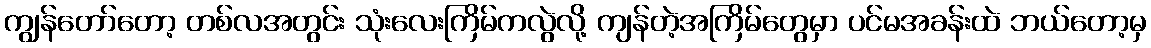
ကျွန်တော်တော့ တစ်လအတွင်း သုံးလေးကြိမ်ကလွဲလို့ ကျန်တဲ့အကြိမ်တွေမှာ ပင်မအခန်းထဲ ဘယ်တော့မှ